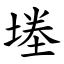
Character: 堘